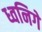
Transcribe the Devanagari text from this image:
ध्वनिगे